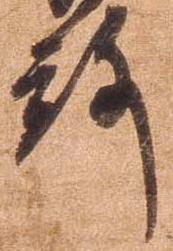
殿